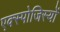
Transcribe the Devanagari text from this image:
एक्स्पोजिस्यों